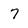
Character: 7